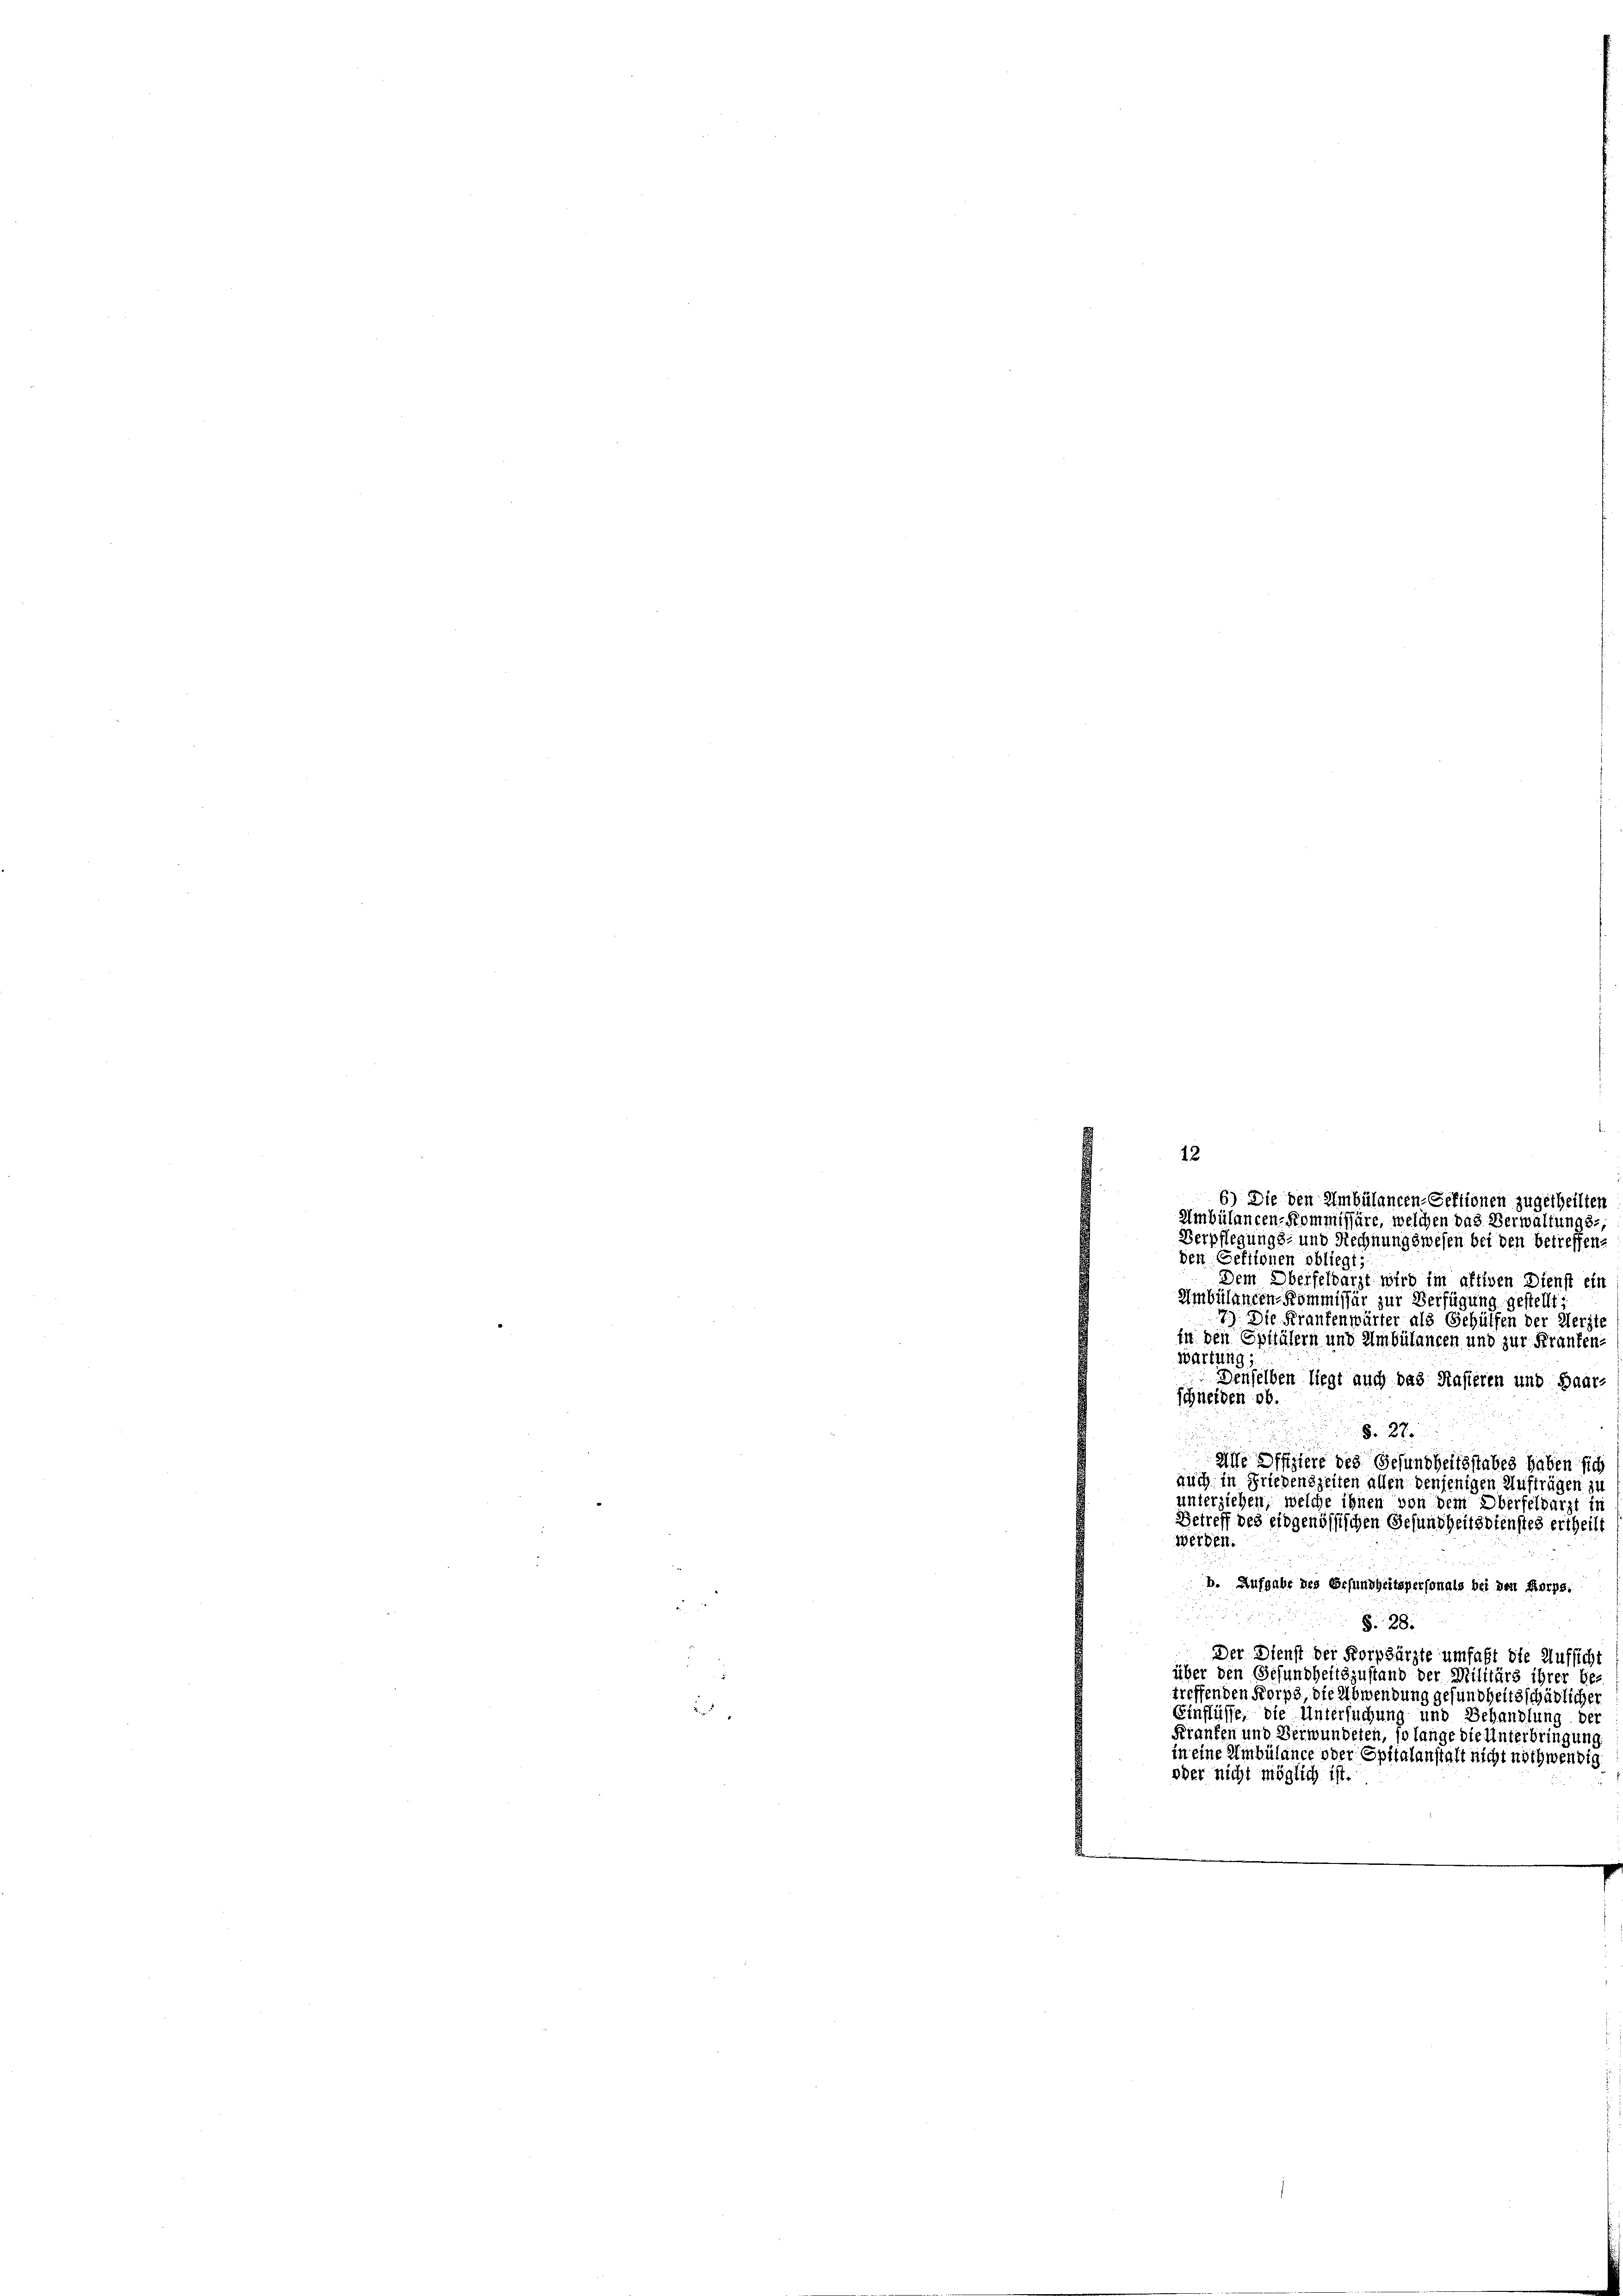
12

6) Die den Ambülancen-Sektionen zugetheilten.
Ambülancen-Kommissäre, welchen das Verwaltungs-
Verpflegungs- und Rechnungswesen bei den betreffene
den Geftionen obliegt;
Dem Oberfeldarzt wird im altigen Dienst ein
Ambülanden-Kommissär zur Verfügung gestellt.
7.) Die Krankenwärter als Gehülfen der Herste
in den Spitälern und Ambülancen und zur Franken-
wartung,
Denselben liegt auch das Kasteren und Baarschneiden ob
§. 27.

Alle Offiziere des Gesundheitsstabes haben sich
auch in Friedenszeiten allen denjenigen Aufträgen zu
unterziehen, welche ihnen von dem Oberfeldarzt in
Betreff des eidgenössischen Gesundheitsdiensteg ertheilt
werden.
b. Aufgabe des Erfundheitspersonals bei den Korps.
 g
§. 28.
Der Dienst der Korpsärzte umfaßt die Aufsicht
über den Gesundheitszustand der Militärs ihrer betreffenden Korps, die Abwendung gesundheitsschädlicher
Einflüsse, die Untersuchung und Behandlung de
Kranken und Verwundeten, so lange die Unterbringung
in eine Ambülance oder Spitalanstalt nicht noch wendig
oder nicht möglich ist.